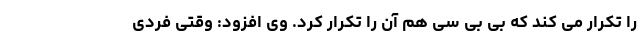
را تکرار می کند که بی بی سی هم آن را تکرار کرد. وی افزود: وقتی فردی